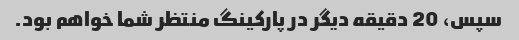
سپس، 20 دقیقه دیگر در پارکینگ منتظر شما خواهم بود.